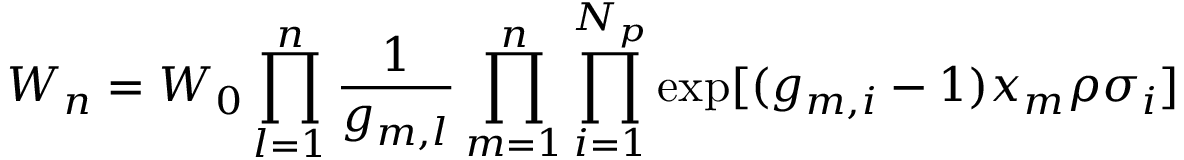
W _ { n } = W _ { 0 } \prod _ { l = 1 } ^ { n } \frac { 1 } { g _ { m , l } } \prod _ { m = 1 } ^ { n } \prod _ { i = 1 } ^ { N _ { p } } \exp [ ( g _ { m , i } - 1 ) x _ { m } \rho \sigma _ { i } ]